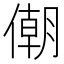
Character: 𠎫